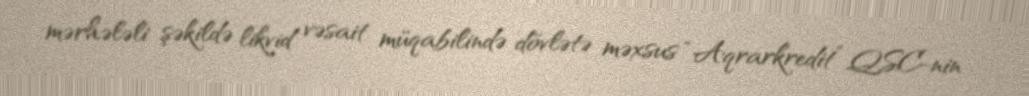
mərhələli şəkildə likvid vəsait müqabilində dövlətə məxsus “Aqrarkredit” QSC-nin